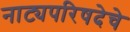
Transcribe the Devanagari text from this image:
नाट्यपरिषदेचे